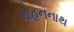
મોહનનાથ